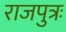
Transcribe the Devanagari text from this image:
राजपुत्रः